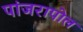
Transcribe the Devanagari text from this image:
पांजरापोल